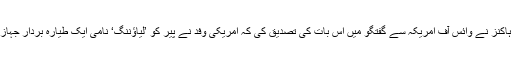
بحریہ کے ترجمان لیفٹیننٹ ٹم ہاکنز نے وائس آف امریکہ سے گفتگو میں اس بات کی تصدیق کی کہ امریکی وفد نے پیر کو ’لیاؤننگ‘ نامی ایک طیارہ بردار جہاز پر ’’خیر سگالی‘‘ کا دورہ کیا۔